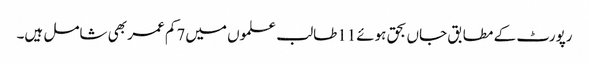
رپورٹ کے مطابق جاں بحق ہوئے11طالب علموں میں7کم عمر بھی شامل ہیں۔